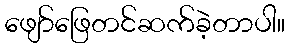
ဖျော်ဖြေတင်ဆက်ခဲ့တာပါ။